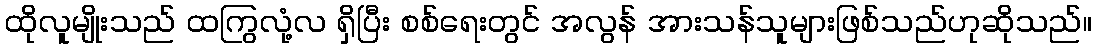
ထိုလူမျိုးသည် ထကြွလုံ့လ ရှိပြီး စစ်ရေးတွင် အလွန် အားသန်သူများဖြစ်သည်ဟုဆိုသည်။